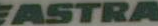
FASTRA